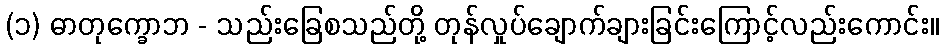
(၁) ဓာတုက္ခောဘ - သည်းခြေစသည်တို့ တုန်လှုပ်ချောက်ချားခြင်းကြောင့်လည်းကောင်း။